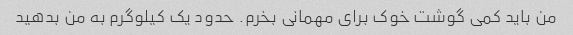
من باید کمی گوشت خوک برای مهمانی بخرم. حدود یک کیلوگرم به من بدهید